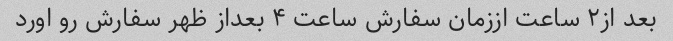
بعد از۲ ساعت اززمان سفارش ساعت ۴ بعداز ظهر سفارش رو اورد